Scottish Leaving Certificate Examination, 1958
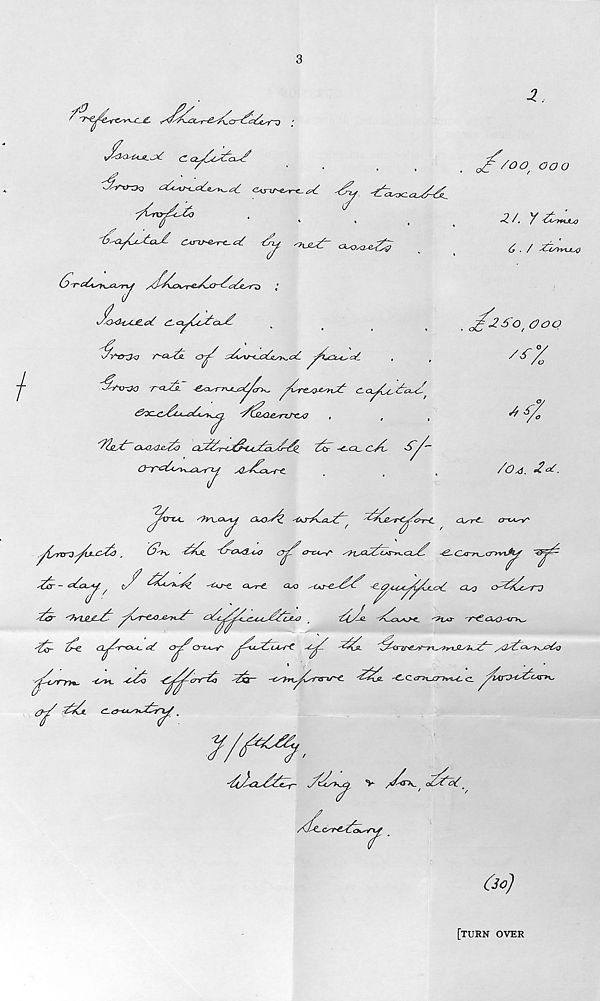
3
<X<X2
/?
-b^CxJtxx/- CAro-e^ct
{y <hJl^-
2.
. jf /0°, coo
«<? /. Y '&j+uu)
<j . / ^o^tAjug
/
*J<XllXJlL0{ d-oyCc^a^
^1*0-30 ir~ci^(jL
C^Aj-^absy^ct- ^Lcc^at.
~^Yx>-30
-e^rruu^C-y^ ^Cre^e^iJ^: c.a^C^.&cuY
£oc-c^ca-^&^^x] ’^(jLcuisriJ'C^o
,
7
YYe^Y~ OU)X!e^Y)
Ytr -C-CL- cjC
S'^/-
sO^Toi^rt.
<£'i s°,
/
tfoo
Oy
/OsS. *2e{.
''trx^ '}v^ck^ O^oJz
-g~t~C
cXsr-t-
'
V
.^rrtrdytXjY^} .
^YfYn. Yj-CAaZLasO 0^7O-rx^r xfx^U^YcyS-t^CX^ -g~CAS-r^O-r*%&f
^2r- cYa-.*-f. ^ i7 Y^YixhxT. -<us-e_
a^o
■z.^ccyi^/.c.cY cl^ o s^k 7ro
Y&- 'Tvvex^Y ^0r-eyO^^-Y~
.
Yi7- -X^vx_
-^1 ^c. Cl^r~o-<- ^
Crz^Y '
^Yji.
txi^. ^7o -^/T^crrY^ Yxir --<(^r,yCrznS-<L YY^l '<-- C <T~i^xry*ixL. cl
■YtTzxT^eYr- 77^.c) V /7o~k_ c/TcY
/
^7
[turn over